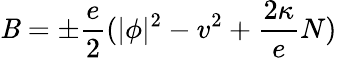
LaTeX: \mathit{B}=\pm\frac{e}{2}(|\phi|^{2}-v^{2}+\frac{{2\kappa}}{e}N)